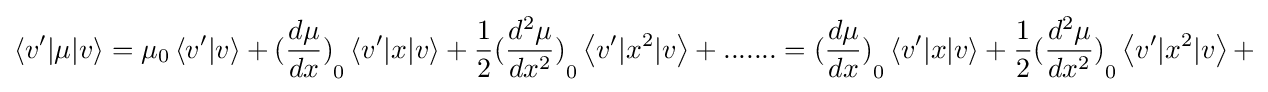
\left\langle v'|\mu |v\right\rangle ={{\mu }_{0}}\left\langle v'|v\right\rangle +{{({\frac {d\mu }{dx}})}_{0}}\left\langle v'|x|v\right\rangle +{\frac {1}{2}}{{({\frac {{{d}^{2}}\mu }{d{{x}^{2}}}})}_{0}}\left\langle v'|{{x}^{2}}|v\right\rangle +.......={{({\frac {d\mu }{dx}})}_{0}}\left\langle v'|x|v\right\rangle +{\frac {1}{2}}{{({\frac {{{d}^{2}}\mu }{d{{x}^{2}}}})}_{0}}\left\langle v'|{{x}^{2}}|v\right\rangle +